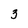
Character: 3